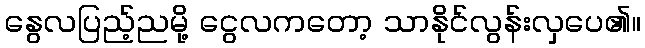
နွေလပြည့်ညမို့ ငွေလကတော့ သာနိုင်လွန်းလှပေ၏။